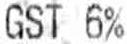
GST 6%